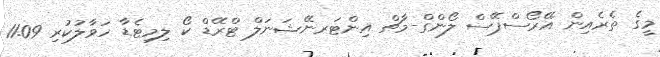
މީގެ ތެރެއިން އޭރޯސްޕޭސް ލޯންގް-މާޗް އިންޓަރނޭޝަނަލް ޓްރޭޑް ކޯ ލިމިޓެޑާ ހަވާލުކުރި 11.09